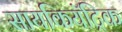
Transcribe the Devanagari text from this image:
सायकियॅट्रिक